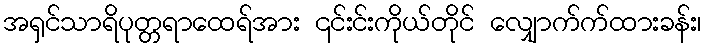
အရှင်သာရိပုတ္တရာထေရ်အား ၎င်းင်းကိုယ်တိုင် လျှောက်က်ထားခန်း၊